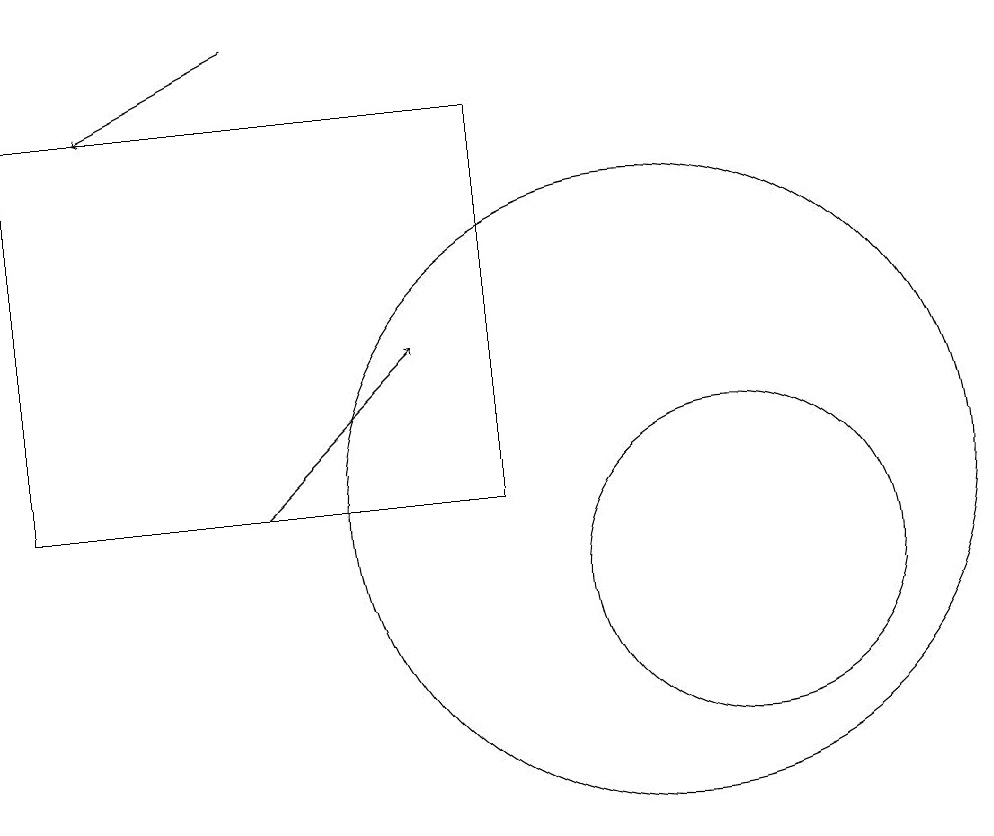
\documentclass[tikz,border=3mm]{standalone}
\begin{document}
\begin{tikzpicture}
\draw (10,12) circle (4);
\draw (11,11) circle (2);
\draw (11,12) circle (0);
\draw[->] (5,12) -- (7,14);
\draw (2,12) rectangle (8,17);
\draw[->] (5,18) -- (3,17);
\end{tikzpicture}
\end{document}